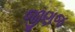
જીણજ